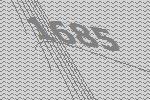
1685